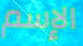
الإسم